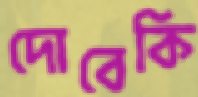
দোবেকি